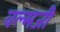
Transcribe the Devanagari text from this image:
वल्मजी